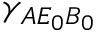
{ { \gamma } _ { A { { E } _ { 0 } } { { B } _ { 0 } } } }